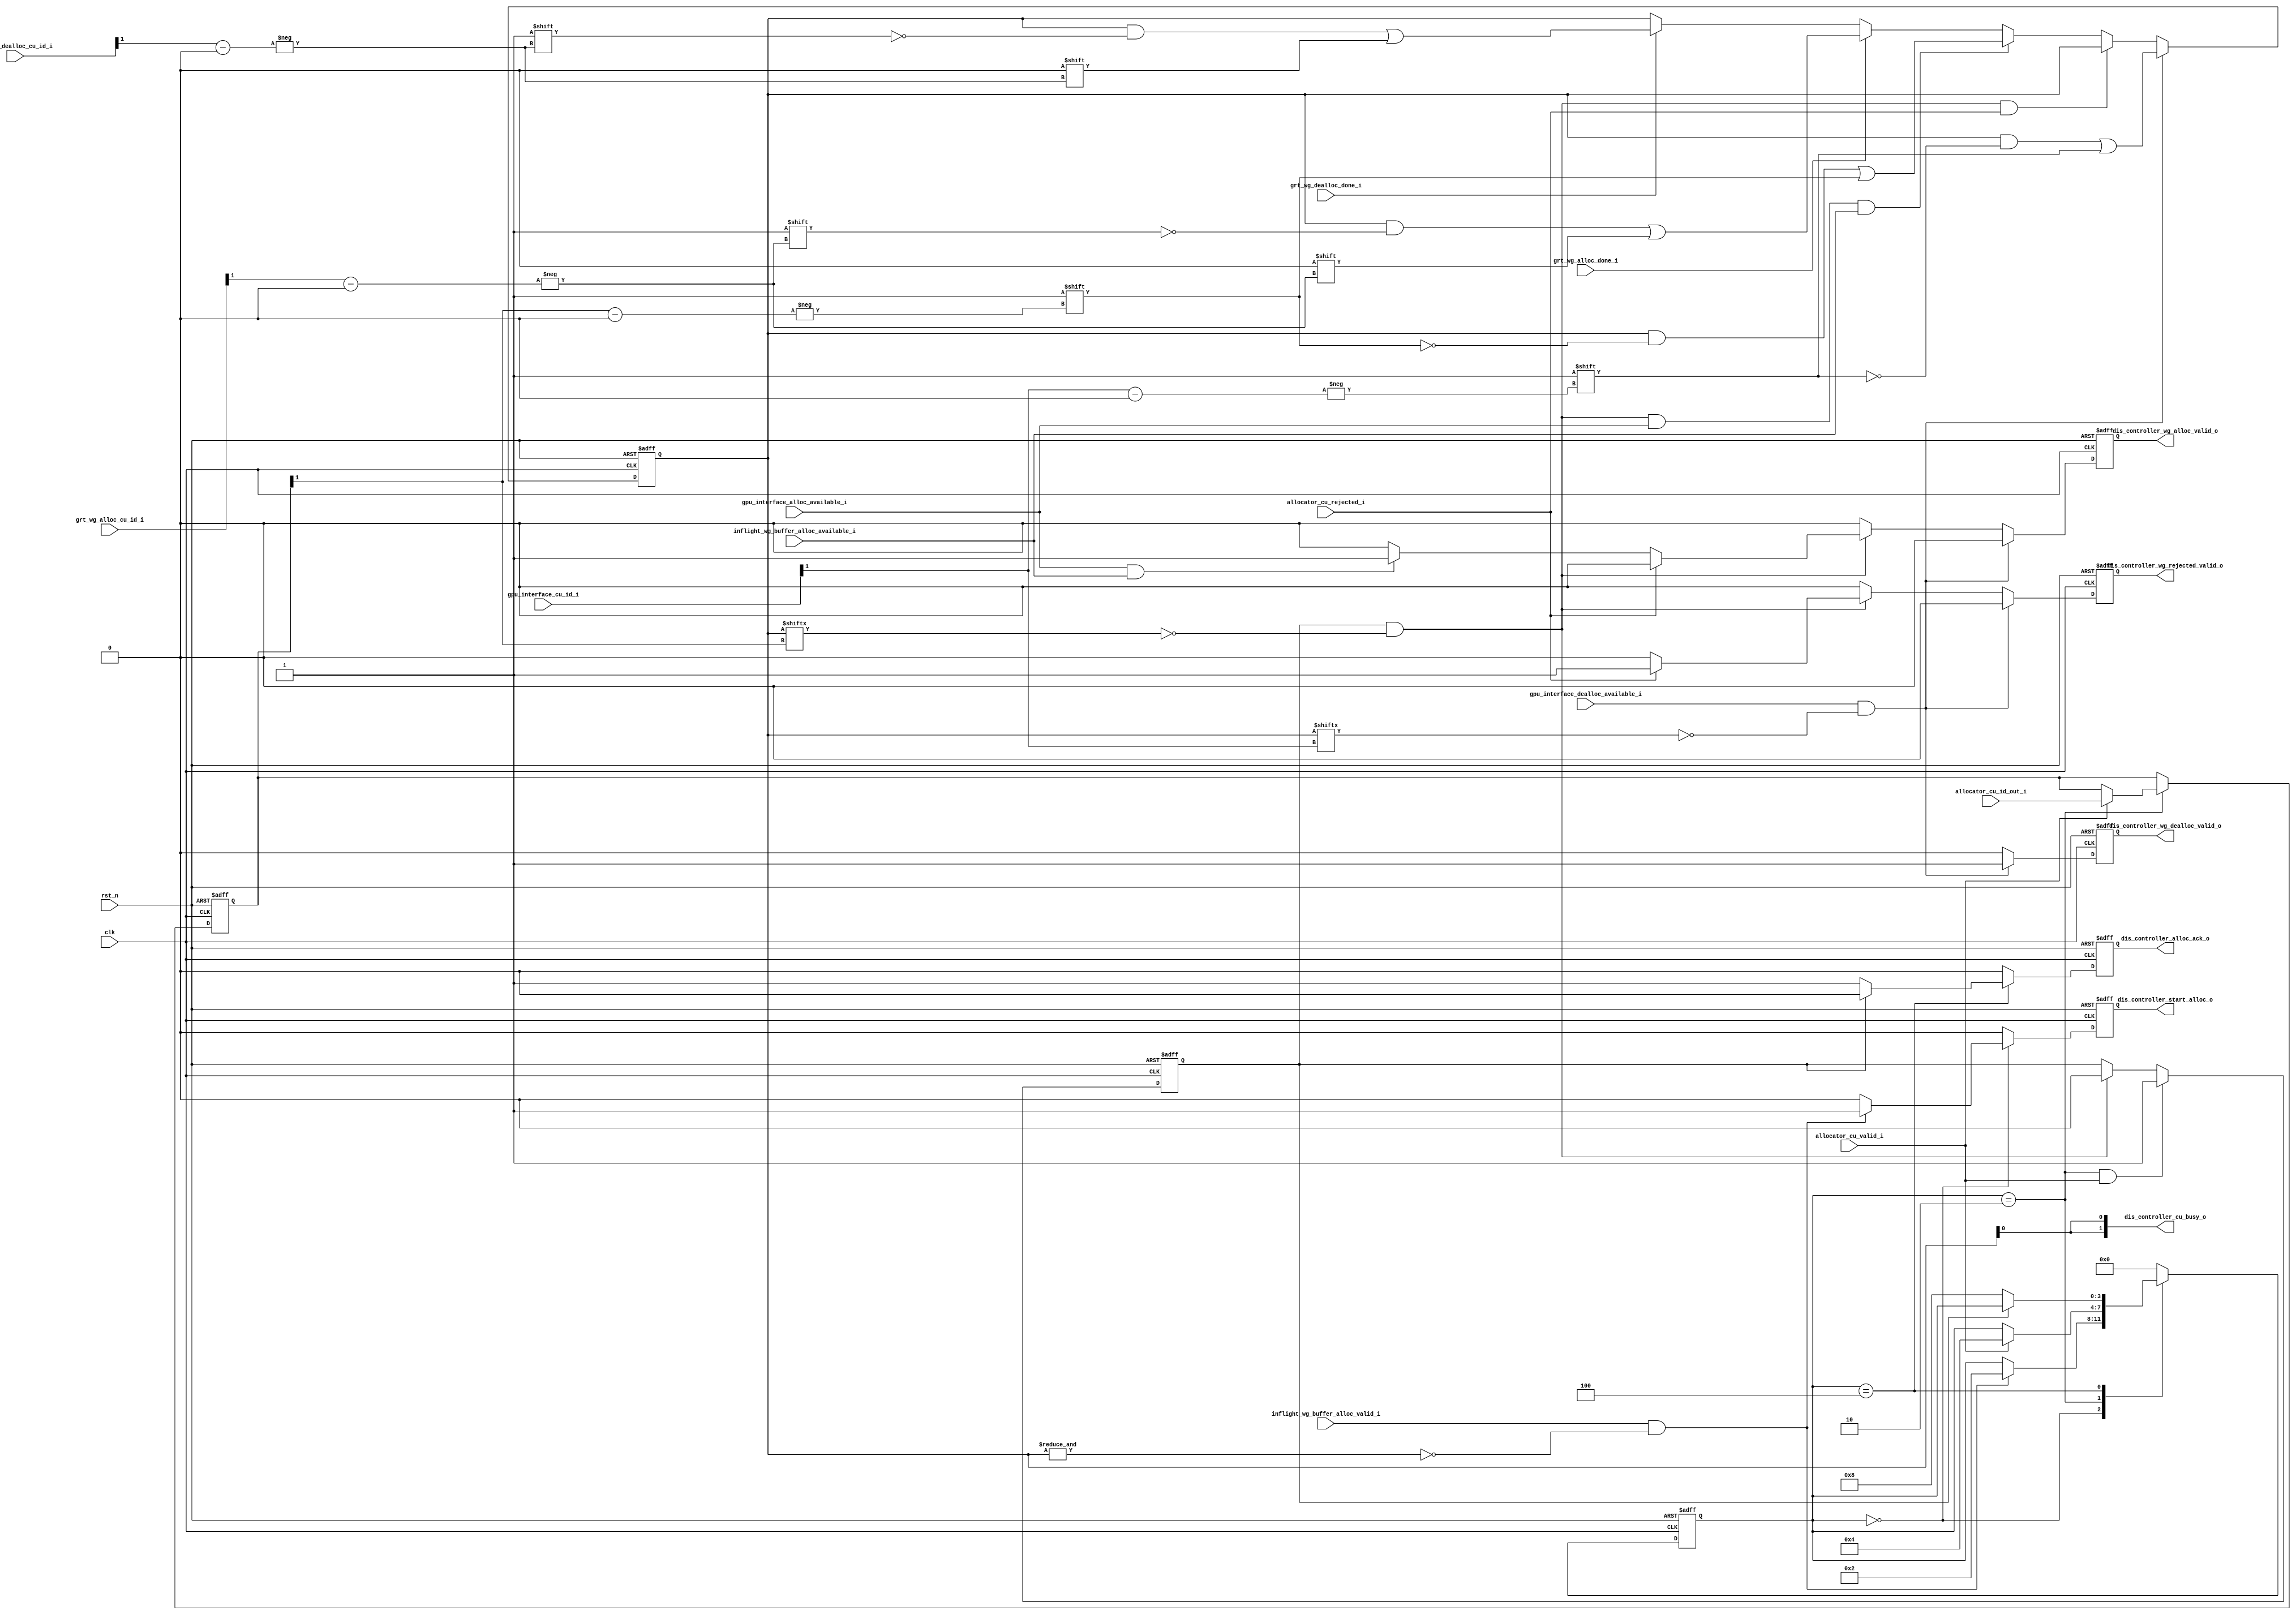
/*
 * Copyright (c) 2023-2024 C*Core Technology Co.,Ltd,Suzhou.
 * Ventus-RTL is licensed under Mulan PSL v2.
 * You can use this software according to the terms and conditions of the Mulan PSL v2.
 * You may obtain a copy of Mulan PSL v2 at:
 *          http://license.coscl.org.cn/MulanPSL2
 * THIS SOFTWARE IS PROVIDED ON AN "AS IS" BASIS, WITHOUT WARRANTIES OF ANY KIND,
 * EITHER EXPRESS OR IMPLIED, INCLUDING BUT NOT LIMITED TO NON-INFRINGEMENT,
 * MERCHANTABILITY OR FIT FOR A PARTICULAR PURPOSE.
 * See the Mulan PSL v2 for more details. */
// Description:control model

`timescale 1ns/1ns

module dis_controller #(
  parameter NUMBER_CU             = 2                        ,
  parameter CU_ID_WIDTH           = 2                        ,
  parameter RES_TABLE_ADDR_WIDTH  = 1                        ,
  parameter NUMBER_RES_TABLE      = 1 << RES_TABLE_ADDR_WIDTH 
  )
  (
  input                    clk                                 ,
  input                    rst_n                               ,

  input                    inflight_wg_buffer_alloc_valid_i    ,
  input                    inflight_wg_buffer_alloc_available_i,
  input                    allocator_cu_valid_i                ,
  input                    allocator_cu_rejected_i             ,
  input  [CU_ID_WIDTH-1:0] allocator_cu_id_out_i               ,
  input                    grt_wg_alloc_done_i                 ,
  input                    grt_wg_dealloc_done_i               ,
  input  [CU_ID_WIDTH-1:0] grt_wg_alloc_cu_id_i                ,
  input  [CU_ID_WIDTH-1:0] grt_wg_dealloc_cu_id_i              ,
  input                    gpu_interface_alloc_available_i     ,
  input                    gpu_interface_dealloc_available_i   ,
  input  [CU_ID_WIDTH-1:0] gpu_interface_cu_id_i               ,

  output                   dis_controller_start_alloc_o        ,
  output                   dis_controller_alloc_ack_o          ,
  output                   dis_controller_wg_alloc_valid_o     ,
  output                   dis_controller_wg_dealloc_valid_o   ,
  output                   dis_controller_wg_rejected_valid_o  ,
  output [NUMBER_CU-1:0]   dis_controller_cu_busy_o              
  );

  parameter ALLOC_NUM_STATES      = 'h4;

  parameter ST_AL_IDLE            = 4'h0,
            ST_AL_ALLOC           = 4'h2,
            ST_AL_HANDLE_RESULT   = 4'h4,
            ST_AL_ACK_PROPAGATION = 4'h8;                         

  reg [ALLOC_NUM_STATES-1:0] alloc_st;
  wire [NUMBER_CU-1:0] cus_allocating;
  reg [NUMBER_RES_TABLE- 1:0] cu_groups_allocating;
  reg [CU_ID_WIDTH-1:0] alloc_waiting_cu_id;
  reg alloc_waiting;
  reg dis_controller_start_alloc_i;
  reg dis_controller_alloc_ack_i; 
  reg dis_controller_wg_alloc_valid_i; 
  reg dis_controller_wg_dealloc_valid_i; 
  reg dis_controller_wg_rejected_valid_i; 
  wire [RES_TABLE_ADDR_WIDTH-1:0] gpu_interface_cu_res_tbl_addr;

  assign dis_controller_start_alloc_o       = dis_controller_start_alloc_i;
  assign dis_controller_alloc_ack_o         = dis_controller_alloc_ack_i; 
  assign dis_controller_wg_alloc_valid_o    = dis_controller_wg_alloc_valid_i; 
  assign dis_controller_wg_dealloc_valid_o  = dis_controller_wg_dealloc_valid_i; 
  assign dis_controller_wg_rejected_valid_o = dis_controller_wg_rejected_valid_i; 

  assign gpu_interface_cu_res_tbl_addr = gpu_interface_cu_id_i[CU_ID_WIDTH-1:CU_ID_WIDTH-RES_TABLE_ADDR_WIDTH];

  always @(posedge clk or negedge rst_n) begin
    if(!rst_n) begin
      alloc_st <= ST_AL_IDLE;
      alloc_waiting_cu_id <= 'h0;
      dis_controller_start_alloc_i <= 'h0;
      dis_controller_alloc_ack_i <= 'h0;
    end 
    else begin
      case(alloc_st)
      ST_AL_IDLE            : 
                              begin
                                if(inflight_wg_buffer_alloc_valid_i && !(&cu_groups_allocating)) begin
                                  alloc_st <= ST_AL_ALLOC;
                                  alloc_waiting_cu_id <= alloc_waiting_cu_id;
                                  dis_controller_start_alloc_i <= 'h1;
                                  dis_controller_alloc_ack_i <= 'h0;
                                end 
                                else begin
                                  alloc_st <= alloc_st;
                                  alloc_waiting_cu_id <= alloc_waiting_cu_id;
                                  dis_controller_start_alloc_i <= 'h0;
                                  dis_controller_alloc_ack_i <= 'h0;
                                end 
                              end 
      ST_AL_ALLOC           :   
                              begin
                                if(allocator_cu_valid_i) begin
                                  alloc_st <= ST_AL_HANDLE_RESULT;
                                  alloc_waiting_cu_id <= allocator_cu_id_out_i;
                                  dis_controller_start_alloc_i <= 'h0;
                                  dis_controller_alloc_ack_i <= 'h0;
                                end 
                                else begin
                                  alloc_st <= alloc_st;
                                  alloc_waiting_cu_id <= alloc_waiting_cu_id;
                                  dis_controller_start_alloc_i <= 'h0;
                                  dis_controller_alloc_ack_i <= 'h0;
                                end 
                              end 
      ST_AL_HANDLE_RESULT   :   
                              begin
                                if(!alloc_waiting) begin
                                  alloc_st <= ST_AL_ACK_PROPAGATION;
                                  alloc_waiting_cu_id <= alloc_waiting_cu_id;
                                  dis_controller_start_alloc_i <= 'h0;
                                  dis_controller_alloc_ack_i <= 'h1;
                                end 
                                else begin
                                  alloc_st <= alloc_st;
                                  alloc_waiting_cu_id <= alloc_waiting_cu_id;
                                  dis_controller_start_alloc_i <= 'h0;
                                  dis_controller_alloc_ack_i <= 'h0;
                                end 
                              end 
      ST_AL_ACK_PROPAGATION : 
                              begin
                                alloc_st <= ST_AL_IDLE;
                                alloc_waiting_cu_id <= alloc_waiting_cu_id;
                                dis_controller_start_alloc_i <= 'h0;
                                dis_controller_alloc_ack_i <= 'h0;
                              end 
      default               :
                              begin
                                alloc_st <= ST_AL_IDLE;
                                alloc_waiting_cu_id <= alloc_waiting_cu_id;
                                dis_controller_start_alloc_i <= 'h0;
                                dis_controller_alloc_ack_i <= 'h0;
                              end 
      endcase
    end 
  end 

  always @(posedge clk or negedge rst_n) begin
    if(!rst_n) begin
      dis_controller_wg_dealloc_valid_i <= 'h0;
      dis_controller_wg_alloc_valid_i <= 'h0;
      dis_controller_wg_rejected_valid_i <= 'h0;
    end   
    else if(gpu_interface_dealloc_available_i && !cu_groups_allocating[gpu_interface_cu_res_tbl_addr]) begin
      dis_controller_wg_dealloc_valid_i <= 'h1;
      dis_controller_wg_alloc_valid_i <= 'h0;
      dis_controller_wg_rejected_valid_i <= 'h0;
    end 
    else if(alloc_waiting && !cu_groups_allocating[alloc_waiting_cu_id[CU_ID_WIDTH-1:CU_ID_WIDTH-RES_TABLE_ADDR_WIDTH]]) begin
      if(allocator_cu_rejected_i) begin
        dis_controller_wg_dealloc_valid_i <= 'h0;
        dis_controller_wg_alloc_valid_i <= 'h0;
        dis_controller_wg_rejected_valid_i <= 'h1;
      end 
      else if(gpu_interface_alloc_available_i && inflight_wg_buffer_alloc_available_i) begin
        dis_controller_wg_dealloc_valid_i <= 'h0;
        dis_controller_wg_alloc_valid_i <= 'h1;
        dis_controller_wg_rejected_valid_i <= 'h0;
      end 
      else begin
        dis_controller_wg_dealloc_valid_i <= 'h0;
        dis_controller_wg_alloc_valid_i <= 'h0;
        dis_controller_wg_rejected_valid_i <= 'h0;
      end 
    end 
    else begin
      dis_controller_wg_dealloc_valid_i <= 'h0;
      dis_controller_wg_alloc_valid_i <= 'h0;
      dis_controller_wg_rejected_valid_i <= 'h0;
    end 
  end 

  always @(posedge clk or negedge rst_n) begin
    if(!rst_n) begin
      alloc_waiting <= 'h0;
    end 
    else if((alloc_st == ST_AL_ALLOC) && allocator_cu_valid_i) begin
      alloc_waiting <= 'h1;
    end 
    else if(alloc_waiting && !cu_groups_allocating[alloc_waiting_cu_id[CU_ID_WIDTH-1:CU_ID_WIDTH-RES_TABLE_ADDR_WIDTH]]) begin
      alloc_waiting <= 'h0;
    end 
    else begin
      alloc_waiting <= alloc_waiting;
    end 
  end 

  always @(posedge clk or negedge rst_n) begin
    if(!rst_n) begin
      cu_groups_allocating <= 'h0;
    end 
    else if(gpu_interface_dealloc_available_i && !cu_groups_allocating[gpu_interface_cu_res_tbl_addr]) begin
      cu_groups_allocating[gpu_interface_cu_res_tbl_addr] <= 'h1;
    end
    else if(alloc_waiting && !cu_groups_allocating[alloc_waiting_cu_id[CU_ID_WIDTH-1:CU_ID_WIDTH-RES_TABLE_ADDR_WIDTH]]
            && allocator_cu_rejected_i) begin
      cu_groups_allocating <= cu_groups_allocating;
    end
    else if(alloc_waiting && !cu_groups_allocating[alloc_waiting_cu_id[CU_ID_WIDTH-1:CU_ID_WIDTH-RES_TABLE_ADDR_WIDTH]] 
            && gpu_interface_alloc_available_i && inflight_wg_buffer_alloc_available_i) begin
      cu_groups_allocating[alloc_waiting_cu_id[CU_ID_WIDTH-1:CU_ID_WIDTH-RES_TABLE_ADDR_WIDTH]] <= 'h1;
    end 
    else if(grt_wg_alloc_done_i) begin
      cu_groups_allocating[grt_wg_alloc_cu_id_i[CU_ID_WIDTH-1:CU_ID_WIDTH-RES_TABLE_ADDR_WIDTH]] <= 'h0;
    end 
    else if(grt_wg_dealloc_done_i) begin
      cu_groups_allocating[grt_wg_dealloc_cu_id_i[CU_ID_WIDTH-1:CU_ID_WIDTH-RES_TABLE_ADDR_WIDTH]] <= 'h0;
    end 
    else begin
      cu_groups_allocating <= cu_groups_allocating;
    end 
  end   

  genvar i;
  generate for(i=0;i<NUMBER_CU;i=i+1) begin:B1
    assign cus_allocating[i] = cu_groups_allocating[(i>>(CU_ID_WIDTH-RES_TABLE_ADDR_WIDTH))];
  end
  endgenerate 

  assign dis_controller_cu_busy_o = cus_allocating;

endmodule